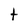
Character: t